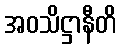
အဝသိဋ္ဌာနီတိ